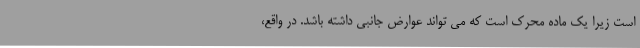
است زیرا یک ماده محرک است که می تواند عوارض جانبی داشته باشد. در واقع،